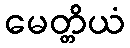
မေတ္တိယံ